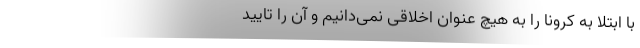
با ابتلا به کرونا را به هیچ عنوان اخلاقی نمی‌دانیم و آن را تایید